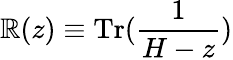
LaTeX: \mathbb{R}(z)\equiv\textrm{{Tr}}(\frac{{1}}{{H-z}})